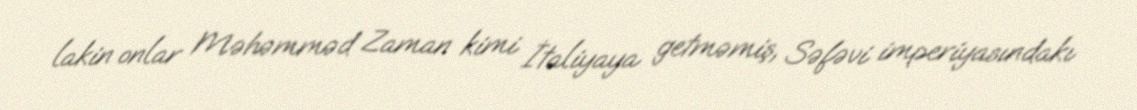
lakin onlar Məhəmməd Zaman kimi İtaliyaya getməmiş, Səfəvi imperiyasındakı